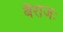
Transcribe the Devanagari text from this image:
बैराजः